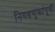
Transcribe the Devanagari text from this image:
निवडणूकांपूर्वी